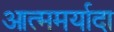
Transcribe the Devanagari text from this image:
आत्ममर्यादा